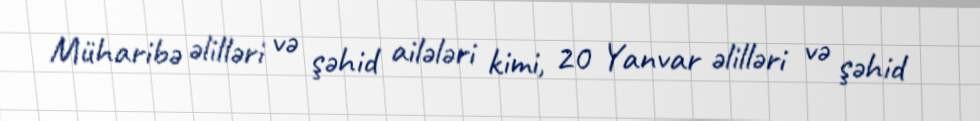
Müharibə əlilləri və şəhid ailələri kimi, 20 Yanvar əlilləri və şəhid